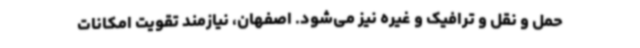
حمل و نقل و ترافیک و غیره نیز می‌شود. اصفهان، نیازمند تقویت امکانات